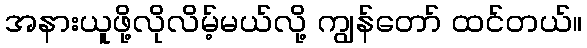
အနားယူဖို့လိုလိမ့်မယ်လို့ ကျွန်တော် ထင်တယ်။